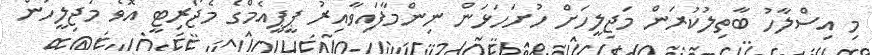
މި އިސްލާހު ބާތިލުކުރަން މަޖިލީހަށް ހުށަހަޅަން ނިންމާފައިވާއިރު ޕީޕީއެމްގެ މެޖޯރިޓީ އޮވެ މަޖިލީހުން